Proceedings of the meeting of veterinary officers in India
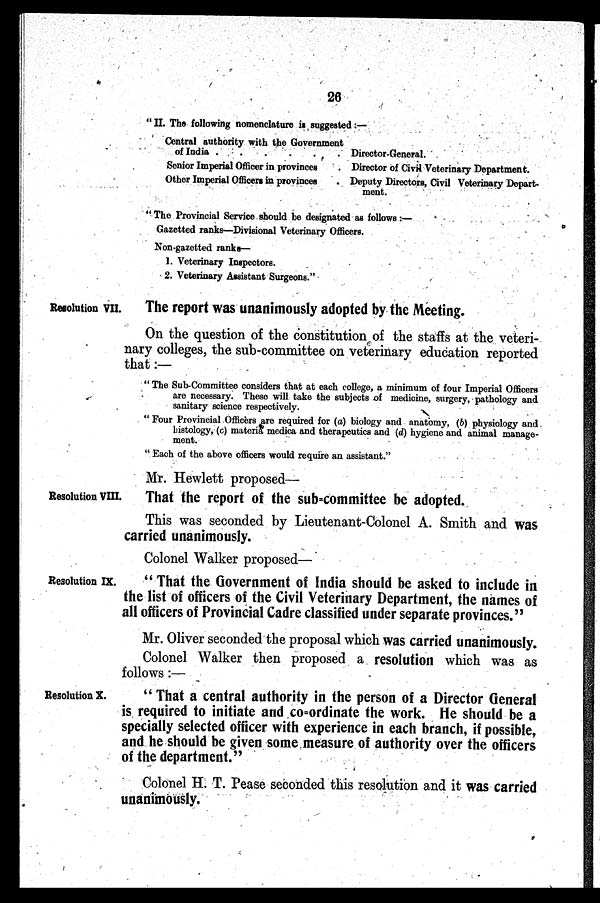
26
" II. The following nomenclature is suggested :—
Central authority with the Government
of India . . . . . .
Senior Imperial Officer in provinces .
Other Imperial Officers in provinces .
Director-General.
Director of Civil Veterinary Department.
Deputy Directors, Civil Veterinary Depart-
ment.
" The Provincial Service should be designated as follows :—
Gazetted ranks—Divisional Veterinary Officers.
Non-gazetted ranks—
1. Veterinary Inspectors.
2. Veterinary Assistant Surgeons."
Resolution VII.
The report was unanimously adopted by the Meeting.
On the question of the constitution of the staffs at the veteri-
nary colleges, the sub-committee on veterinary education reported
that :—
" The Sub-Committee considers that at each college, a minimum of four Imperial Officers
are necessary. These will take the subjects of medicine, surgery, pathology and
sanitary science respectively.
" Four Provincial Officers are required for (a) biology and anatomy, (b) physiology and
histology, (c) materia medica and therapeutics and (d) hygiene and animal manage-
ment.
" Each of the above officers would require an assistant."
Mr. Hewlett proposed—
Resolution VIII.
That the report of the sub=committee be adopted.
This was seconded by Lieutenant-Colonel A. Smith and was
carried unanimously.
Colonel Walker proposed—
Resolution IX.
" That the Government of India should be asked to include in
the list of officers of the Civil Veterinary Department, the names of
all officers of Provincial Cadre classified under separate provinces. "
Mr. Oliver seconded the proposal which was carried unanimously.
Colonel Walker then proposed a resolution which was as
follows :—
Resolution X.
" That a central authority in the person of a Director General
is required to initiate and co=ordinate the work. He should be a
specially selected officer with experience in each branch, if possible,
and he should be given some measure of authority over the officers
of the department."
Colonel H. T. Pease seconded this resolution and it was carried
unanimously.